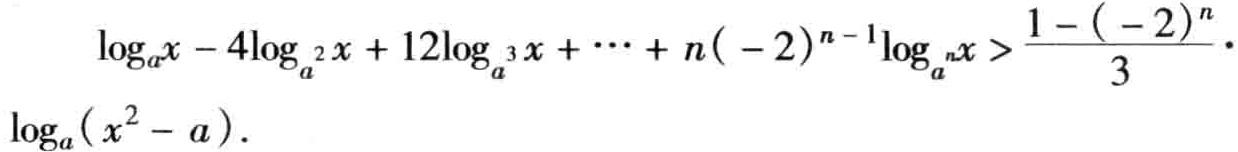
\(\log_{a}x - 4\log_{a^{2}}x + 12\log_{a^{3}}x + \cdots + n(-2)^{n - 1}\log_{a^{n}}x > \frac{1 - (-2)^{n}}{3}\cdot\log_{a}(x^{2} - a)\)